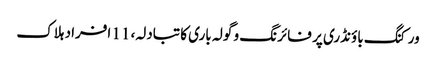
ورکنگ باؤنڈری پر فائرنگ و گولہ باری کا تبادلہ، 11 افراد ہلاک